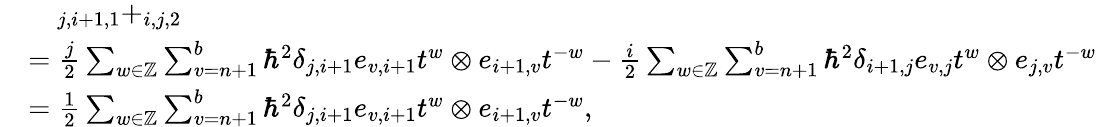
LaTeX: \begin{array}{rl}&{\quad_{j,i+1,1}+_{i,j,2}}\\ &{=\frac{j}{2}\sum_{w\in\mathbb{Z}}\sum_{v=n+1}^{b}\hbar^{2}\delta_{j,i+1}e_{v,i+1}t^{w}\otimes e_{i+1,v}t^{-w}-\frac{i}{2}\sum_{w\in\mathbb{Z}}\sum_{v=n+1}^{b}\hbar^{2}\delta_{i+1,j}e_{v,j}t^{w}\otimes e_{j,v}t^{-w}}\\ &{=\frac{1}{2}\sum_{w\in\mathbb{Z}}\sum_{v=n+1}^{b}\hbar^{2}\delta_{j,i+1}e_{v,i+1}t^{w}\otimes e_{i+1,v}t^{-w},}\end{array}